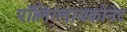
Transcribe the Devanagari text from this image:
पॉलिग्लायकोनेट